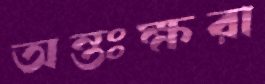
অন্তঃক্ষরা